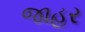
જાહર